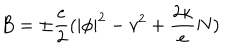
B = \pm \frac e 2 ( | \phi | ^ { 2 } - v ^ { 2 } + \frac { 2 \kappa } e N )